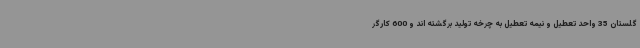
گلستان 35 واحد تعطیل و نیمه تعطیل به چرخه تولید برگشته اند و 600 کارگر